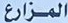
المزارع